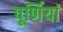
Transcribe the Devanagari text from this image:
पूर्णियां